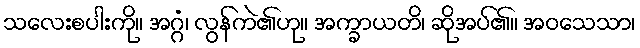
သလေးစပါးကို။ အဂ္ဂံ၊ လွန်ကဲ၏ဟု။ အက္ခာယတိ၊ ဆိုအပ်၏။ အဝသေသာ၊